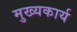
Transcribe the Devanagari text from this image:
मुख्यकार्य